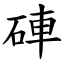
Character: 硨